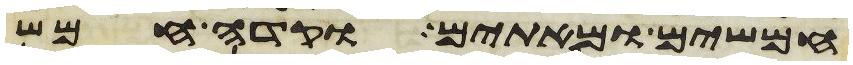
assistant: חמשים ומאתים וקדה חמש